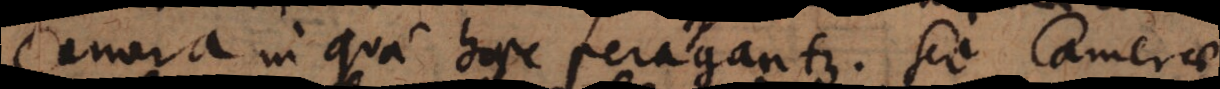
Camera in qua haec peragantur. Sed Camerae